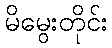
မိမွေးတိုင်း